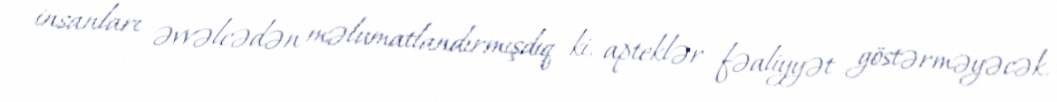
insanları əvvəlcədən məlumatlandırmışdıq ki, apteklər fəaliyyət göstərməyəcək.